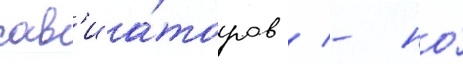
ав'иа́торов / - но́